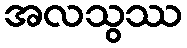
အလသွဿ